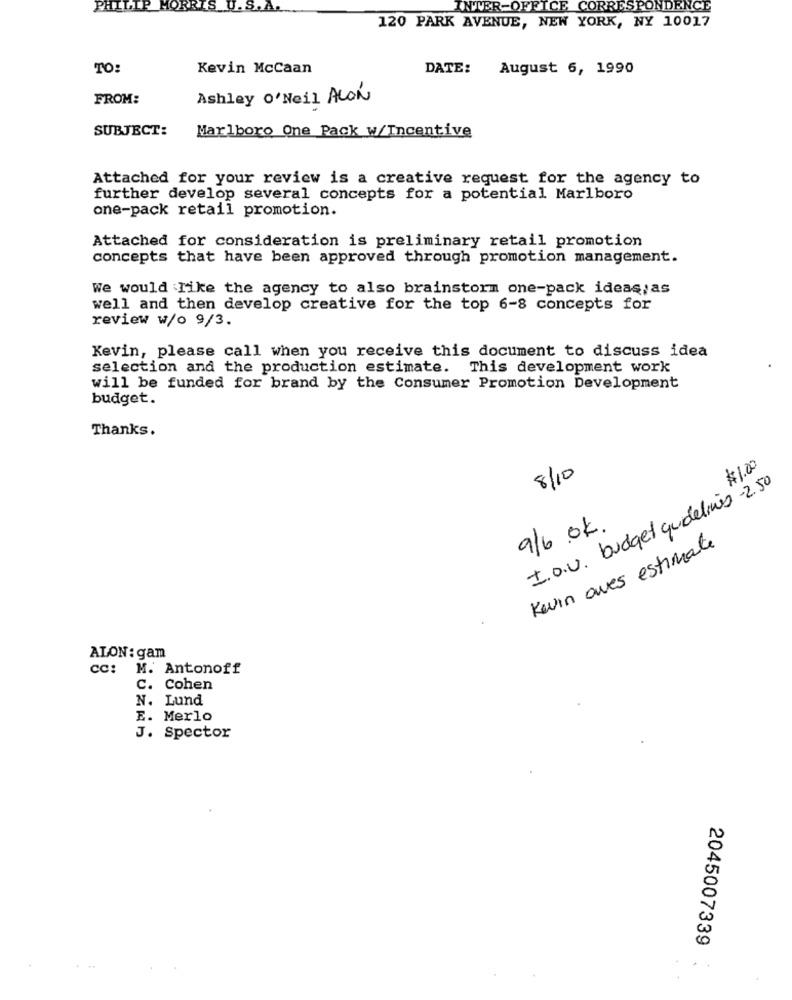
PHILIP MORRIS
INTER-OFFICE CORRESPONDENCE
120 PARK AVENUE, NEW YORK, NY 10017
TO:
Kevin McCaan
DATE: August 6, 1990
FROM:
Ashley O'Neil ALON
SUBJECT:
Marlboro One Pack w/Incentive
Attached for your review is a creative request for the agency to
further develop several concepts for a potential Marlboro
one-pack retail promotion.
Attached for consideration is preliminary retail promotion
concepts that have been approved through promotion management.
We would like the agency to also brainstorm one-pack ideas, as
well and then develop creative for the top 6-8 concepts for
review w/o 9/3.
Kevin, please call when you receive this document to discuss idea
selection and the production estimate. This development work
will be funded for brand by the Consumer Promotion Development
budget.
Thanks.
8/10
$1.00
I.o.v. budget guidelines -2.50
9/6 .OK.
Kevin aves estimate
ALON : gam
cc:
M. Antonoff
C. Cohen
N. Lund
E. Merlo
J. Spector
2045007339
..